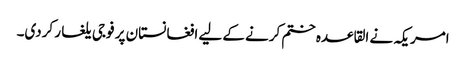
امریکہ نے القاعدہ ختم کرنے کے لیے افغانستان پر فوجی یلغار کردی۔